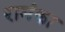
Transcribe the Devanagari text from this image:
रामंका